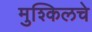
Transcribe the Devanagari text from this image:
मुश्किलचे